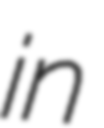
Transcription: in